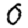
Digit: 0